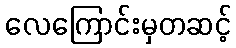
လေကြောင်းမှတဆင့်